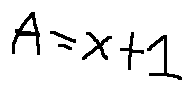
A = x + 1